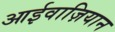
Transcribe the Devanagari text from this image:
आईवाज़ियान